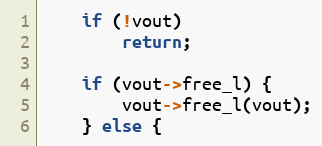
Language: C
    if (!vout)
        return;

    if (vout->free_l) {
        vout->free_l(vout);
    } else {